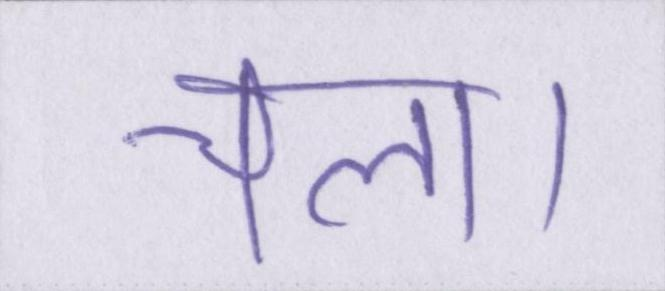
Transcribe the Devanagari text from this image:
चला।